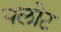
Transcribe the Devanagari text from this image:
पलोट